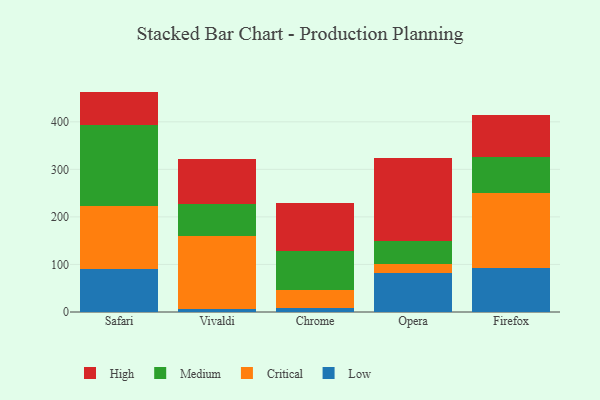
{"axis": {"x": "Browser", "y": "Page Views"}, "legend": ["Critical", "High", "Low", "Medium"], "data": [{"x": "Safari", "y": 91.1, "type": "Low"}, {"x": "Safari", "y": 132.4, "type": "Critical"}, {"x": "Safari", "y": 170.4, "type": "Medium"}, {"x": "Safari", "y": 69.6, "type": "High"}, {"x": "Vivaldi", "y": 7.1, "type": "Low"}, {"x": "Vivaldi", "y": 153.3, "type": "Critical"}, {"x": "Vivaldi", "y": 67.3, "type": "Medium"}, {"x": "Vivaldi", "y": 93.9, "type": "High"}, {"x": "Chrome", "y": 8.0, "type": "Low"}, {"x": "Chrome", "y": 38.9, "type": "Critical"}, {"x": "Chrome", "y": 80.5, "type": "Medium"}, {"x": "Chrome", "y": 101.9, "type": "High"}, {"x": "Opera", "y": 82.5, "type": "Low"}, {"x": "Opera", "y": 19.1, "type": "Critical"}, {"x": "Opera", "y": 46.9, "type": "Medium"}, {"x": "Opera", "y": 176.0, "type": "High"}, {"x": "Firefox", "y": 92.0, "type": "Low"}, {"x": "Firefox", "y": 158.6, "type": "Critical"}, {"x": "Firefox", "y": 74.6, "type": "Medium"}, {"x": "Firefox", "y": 89.6, "type": "High"}]}